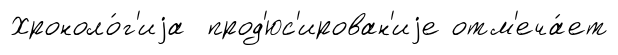
Хроноло́г'иjа прод'юс'ирован'иjе отм'еча́ет